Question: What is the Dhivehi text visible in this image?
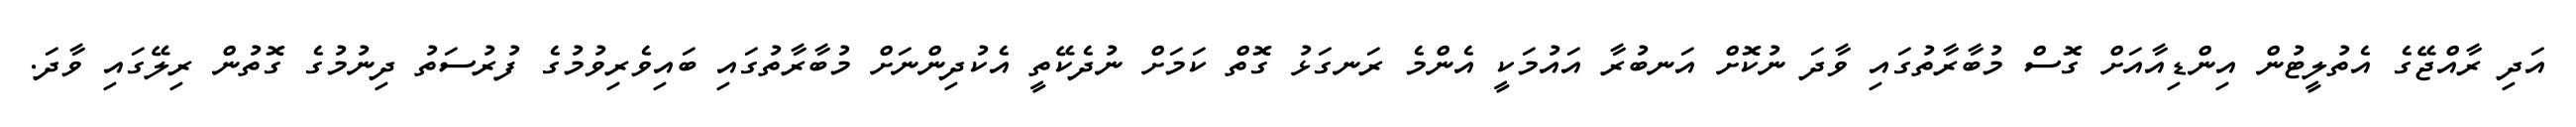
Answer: އަދި ރާއްޖޭގެ އެތުލީޓުން އިންޑިއާއަށް ގޮސް މުބާރާތުގައި ވާދަ ނުކޮށް އަނބުރާ އައުމަކީ އެންމެ ރަނގަޅު ގޮތް ކަމަށް ނުދެކޭތީ އެކުދިންނަށް މުބާރާތުގައި ބައިވެރިވުމުގެ ފުރުސަތު ދިނުމުގެ ގޮތުން ރިލޭގައި ވާދަ.